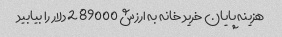
هزینه پایان خرید خانه به ارزش 289000 دلار را بیابید